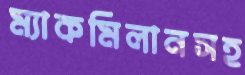
ম্যাকমিলানসহ